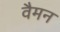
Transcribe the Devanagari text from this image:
वैमन